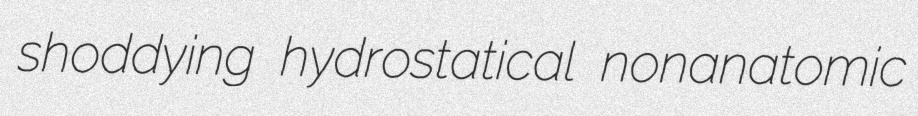
shoddying hydrostatical nonanatomic